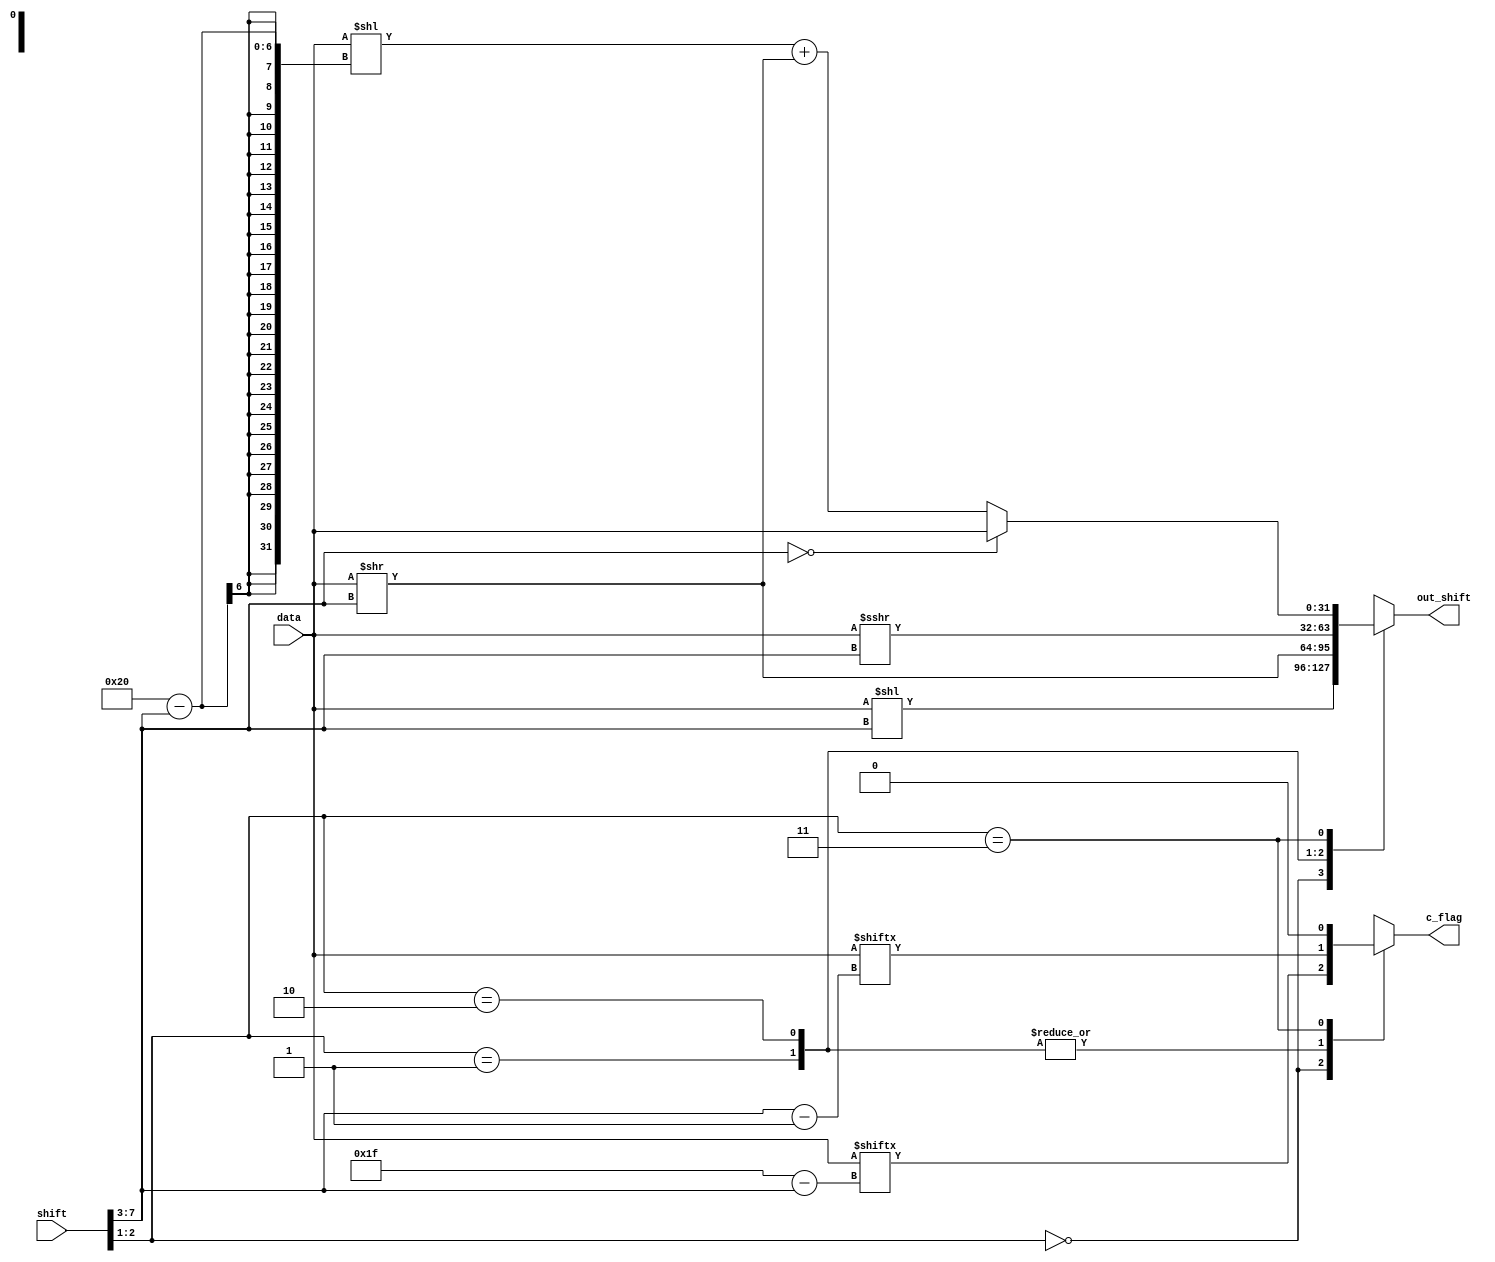
/* Shift values received from register

	Input:
		shift	: 8-bit shifting signal
		data	: 32-bit shifting data
	
	Output:
		out	: 32-bit shifted data
		c_flag: carried-out bit
*/
module shifter(shift, data, out_shift, c_flag); //shifted register
	input wire [7:0] shift;
	input wire [31:0] data;
	output wire [31:0] out_shift;
	output wire c_flag;
	
	wire [4:0] shift_amount;
	wire [1:0] shift_type;
	reg [31:0] out;
	reg t_c_flag;
	
	
	assign shift_amount = shift[7:3];
	assign shift_type = shift[2:1];
	
	assign out_shift = out;
	assign c_flag = t_c_flag;
	
	always @(*) begin
		//if (do_shift_amount) begin
			case(shift_type)
			
			//logical shift left
			2'b00: begin
						t_c_flag = data[31-shift_amount];
						out = data << shift_amount;
					 end
					
			
			//logical shift right
			2'b01: begin
						t_c_flag = data[shift_amount - 1];
						out = data >> shift_amount;
					end 	
			
			//arithmetic shift right
			2'b10: begin
						t_c_flag = data[shift_amount - 1];
						out = data >>> shift_amount;
					 end
					 
			//rotating right
			2'b11: begin
						t_c_flag = 0;
						if (shift_amount == 0) begin
							out = data;
						end
						else out = (data << (32-shift_amount)) + (data >> shift_amount);
					 end
			endcase					 
	end			
endmodule


module shifter_testbench();
	reg [7:0] shift;
	reg [31:0] data;
	wire [31:0] out_shift;
	wire c_flag;

	shifter dut(shift, data, out_shift, c_flag);

	// Set up the inputs to the design. Each line is a clock cycle.
	integer i;
	initial begin
																				
			shift <= 8'b00001000; data <= 32'h4A75DF23;             #10;
			shift <= 8'b00010010; data <= 32'h4A75DF23;					#10;
																					#10;
																					#10;
																					#10;
  end
  
endmodule